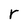
Character: r